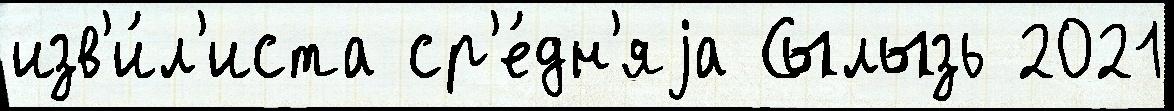
изв'и́л'иста ср'е́дн'яjа Сылызь 2021